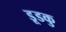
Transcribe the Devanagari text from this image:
डूडकु